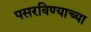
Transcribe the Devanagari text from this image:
पसरविण्याच्या